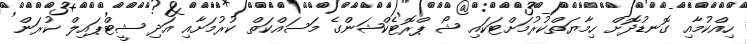
ހިއްކުމާއި ގޮނޑުދޮށް ހިމާޔަތްކުރުމަށްޓަކައި ޝޯ ޕްރޮޓެކްޝަންގެ މަސައްކަތް ކުރުމަށާއި އަދި ޝީޓްޕައިލް ކުރަން